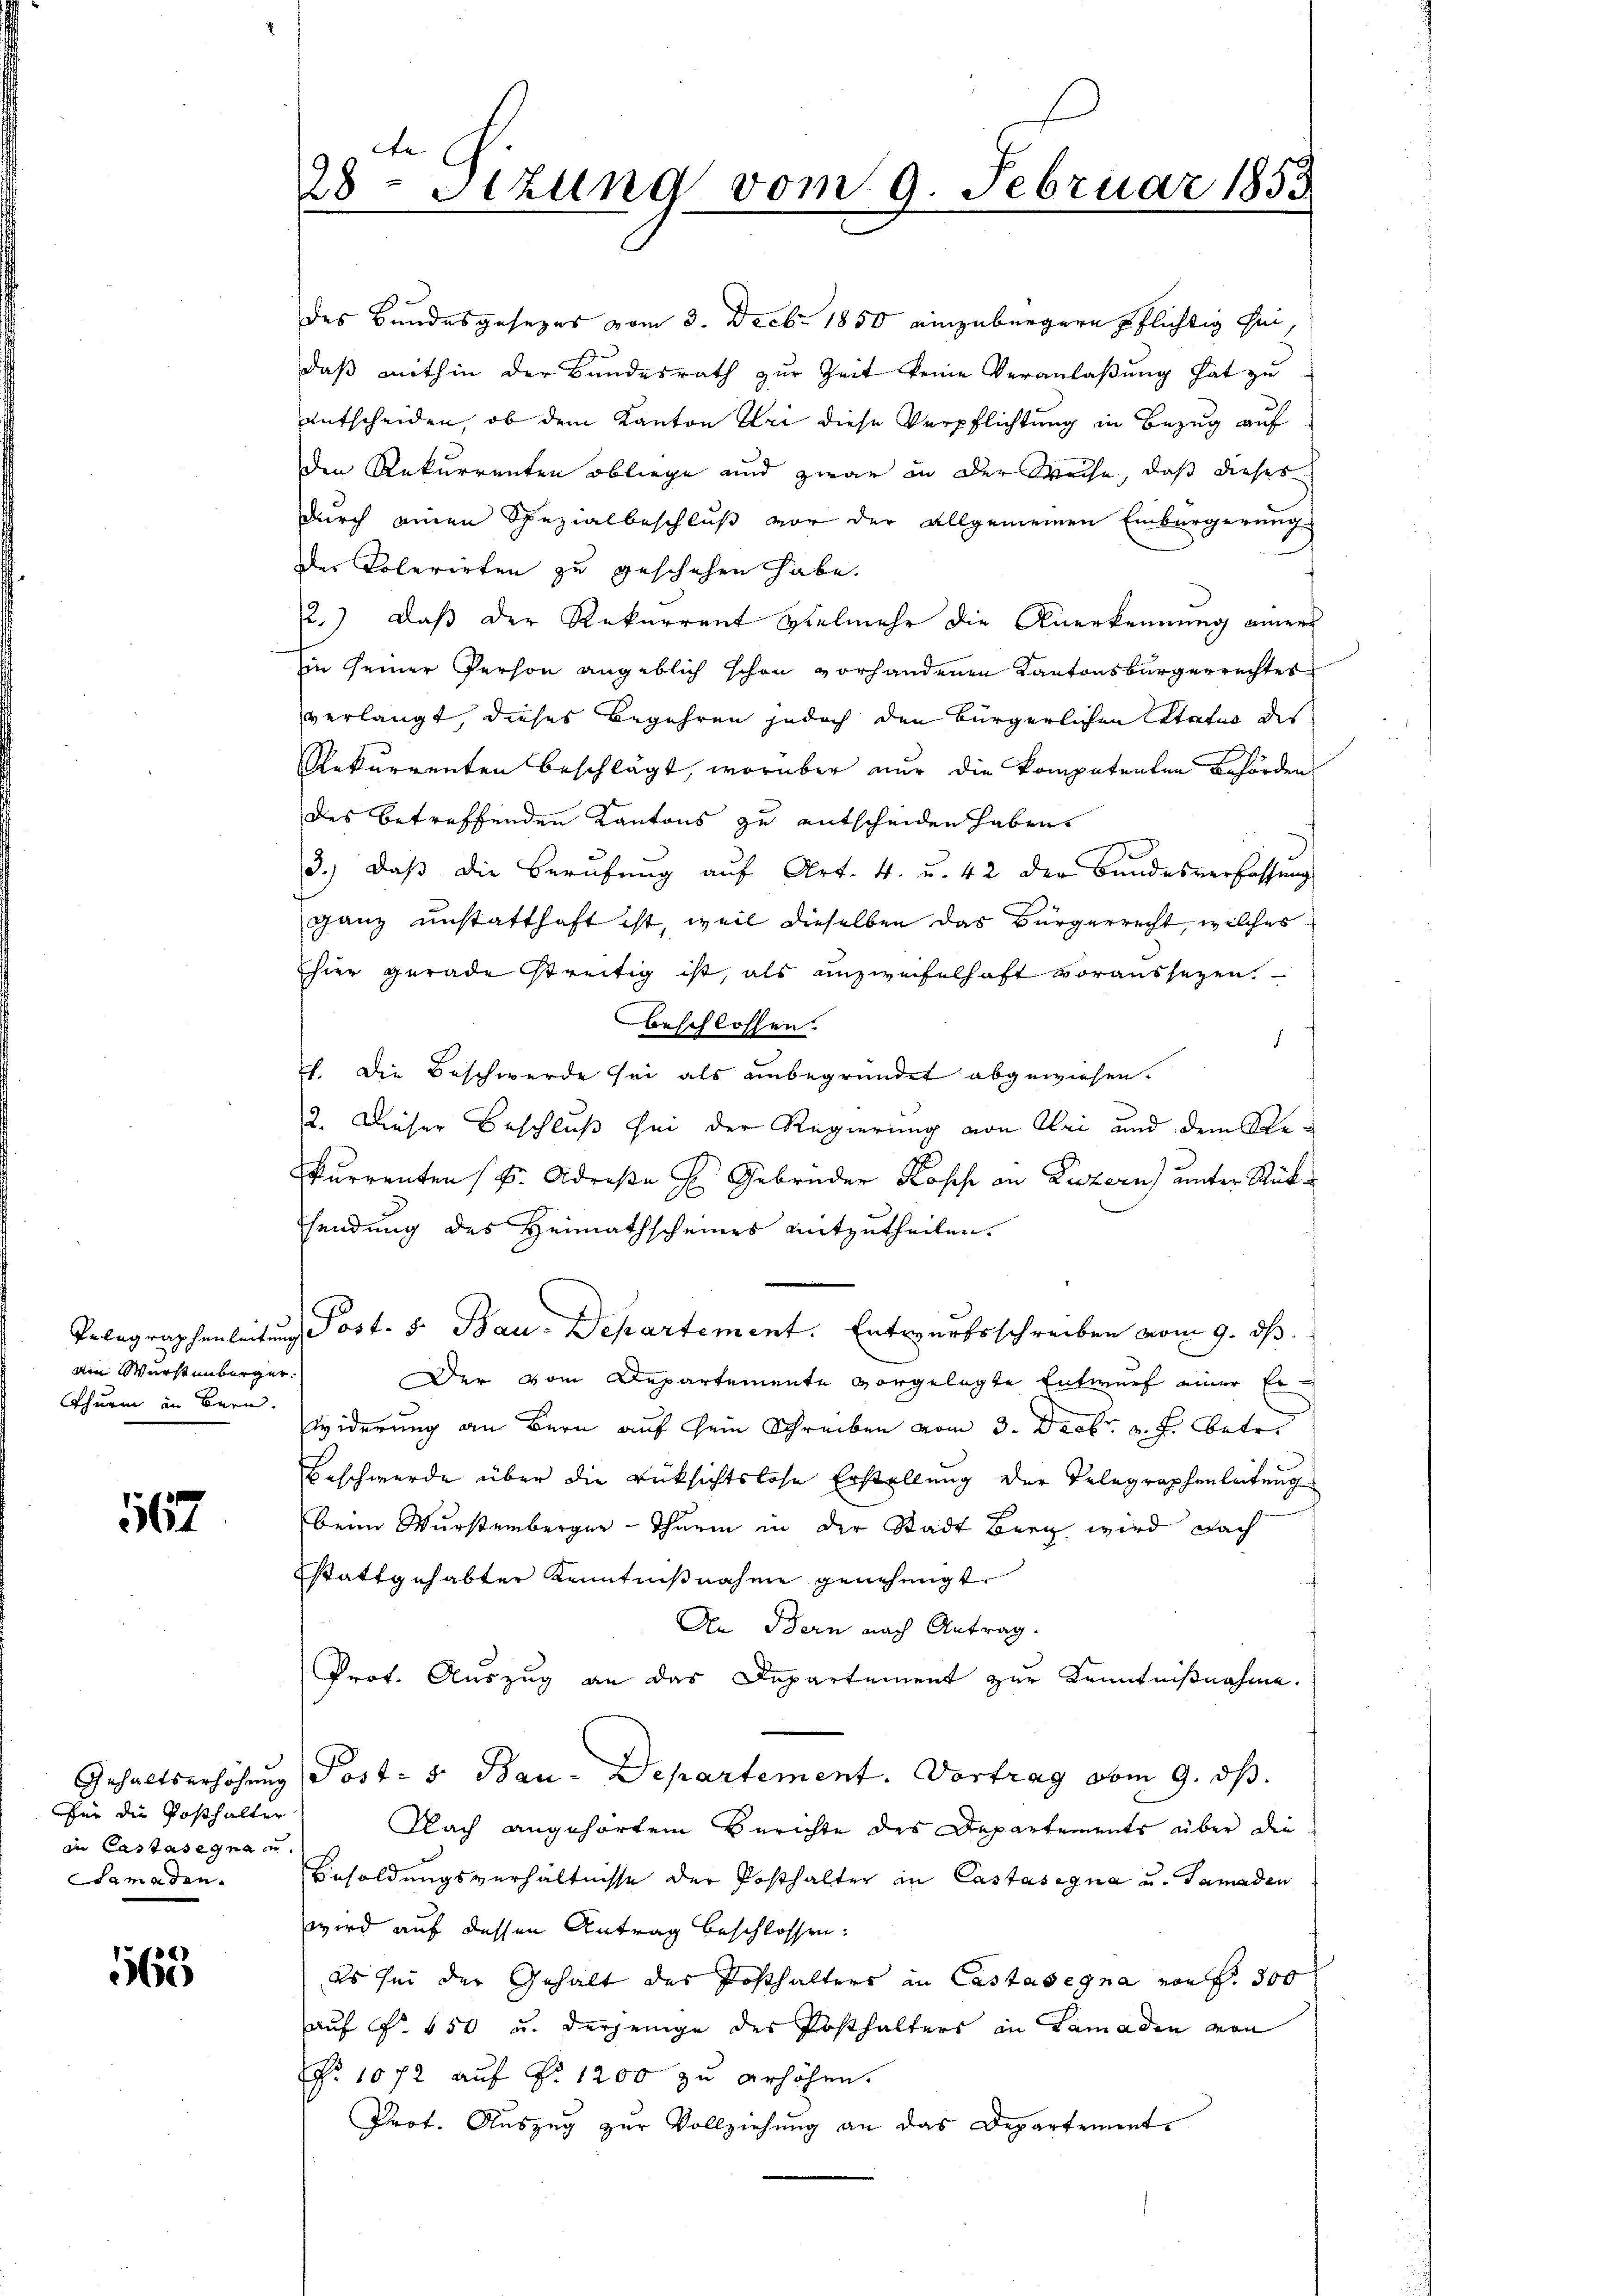
ain Würstenburger.
Thurm in Bern.

167

des Bundesgesezes vom 3. Decbr. 1850 einzubürgern pflichtig sei,
daß mithin der Bundesrath zur Zeit keine Veranlaßung hat zu
entscheiden, ob dem Kanton Uri diese Verpflichtung in Bezug auf
den Rekurrenten obliege und zwar in der Weise, daß dieses
durch einen Spezialbeschluß vor der allgemeinen Einbürgerung
der Tolerirten zu geschehen habe.
2.) Daß der Rekurrent vielmehr die Anerkennung einer
in seiner Person angeblich schon vorhandenen Kantonsbürgerrechtes
verlangt, dieses Begehren jedoch den Bürgerlichen Status des
Rekurrenten beschlägt, worüber nur die kompetenten Behörden
des betreffenden Kantons zu entscheiden haben
3.) Daß die Berufung auf Art. 4. u. 42 der Bundesverfassung
ganz unstatthaft ist, weil dieselben das Bürgerrecht, welches
hier gerade streitig ist, als unzweifelhaft voraussezen.
beschlossen.
.
h. Die Beschwerde sei als unbegründet abgewiesen.
2. Dieser Beschluß sei der Regierung von Uri und dem Reurrenten (S. Adrese H. Gebrüder Kopf an Luzern) unter Rücksendung des Heimathscheines mitzutheilen.
Telegraphenleitung Post. S. Bau-Departement. Entwurfsschreiben vom 9. ds.
Der vom Departemente vorgelegte Entwurf einer Erwiderung an Bern auf sein Schreiben vom 3. Decbr. v. J. betr.
Beschwerde über die rüksichtslose Erstellung der Telegraphenleitung
beim Wurstenberger-Thurm in der Stadt Berg wird nach
Stattgehabter Kenntnißnahme genehmigt.
An Bern nach Antrag.
Prot. Auszug an das Departement zur Kenntnißnahme.
Gehaltserhöhung Post- 5. Bau-Departement. Vortrag vom 9. ds.
Nach angehörtem Berichte des Departements über die
Besoldungsverhältnisse der Posthalter in Castasegna u. Samaden
wird auf dessen Antrag beschlossen:
Es sei der Gehalt des Posthalters an Castasegna von f. 300
auf §. 650 u. derjenige des Posthalters in Lamaden von
No 1072 auf N: 1200 zu erhöhen.
Prot. Auszug zur Vollziehung an das Departement.

für die Posthalter
in Castasegnen.
Samaden.

565

1
28 Etzung vom 9. Februar 1853